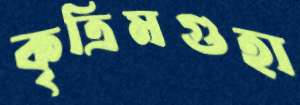
কৃত্রিমগুহা